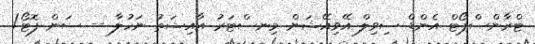
ޓްރާންސްޕޯޓް އެންޑް ސިވިލް އޭވިއޭޝަން މިނސްޓަރު އާއިޝަތު ނަހުލާ -- ސަން ފޮޓޯ/